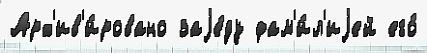
Арх'ив'и́ровано заjе́ду фам'и́л'иjей его́